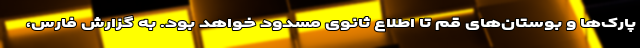
پارک‌ها و بوستان‌های قم تا اطلاع ثانوی مسدود خواهد بود. به گزارش فارس،